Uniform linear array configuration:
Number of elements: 12
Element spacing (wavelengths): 1
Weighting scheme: hamming
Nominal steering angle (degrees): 60
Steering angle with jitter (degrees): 60.364
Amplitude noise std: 0.05
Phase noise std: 0.05

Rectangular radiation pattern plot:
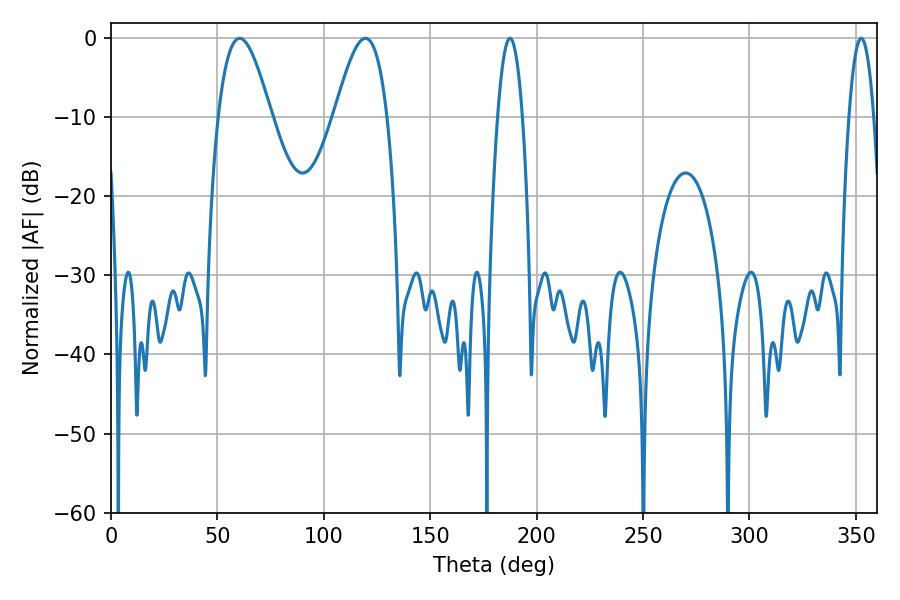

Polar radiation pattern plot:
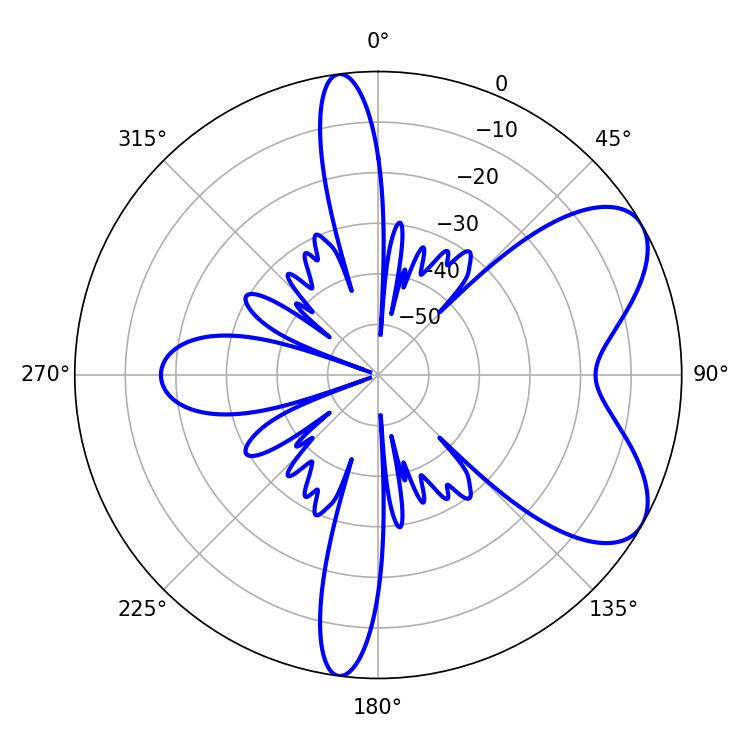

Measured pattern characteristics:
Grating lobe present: TRUE
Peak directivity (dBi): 6.767
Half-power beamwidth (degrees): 13.32
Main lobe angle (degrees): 60.48